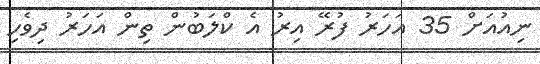
ނިއުއަށް 35 އަހަރު ފުރޭ އިރު އެ ކްލަބުން ތިން އަހަރު ދިވެހި